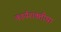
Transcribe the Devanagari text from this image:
कार्यशक्तीचा